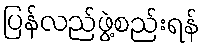
ပြန်လည်ဖွဲ့စည်းရန်